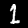
Digit: 1